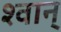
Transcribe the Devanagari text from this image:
श्वान्